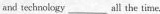
and iechnology___all the time.